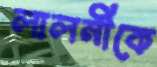
লালনীকে